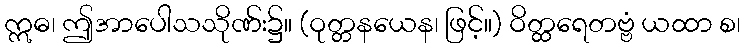
ဣဓ၊ ဤအာပေါသသိုဏ်း၌။ (ဝုတ္တနယေန၊ ဖြင့်။) ဝိတ္ထရေတဗ္ဗံ ယထာ စ၊